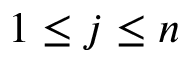
1 \le j \le n